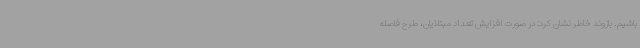
باشیم. بازوند خاطر نشان کرد: در صورت افزایش تعداد مبتلایان، طرح فاصله